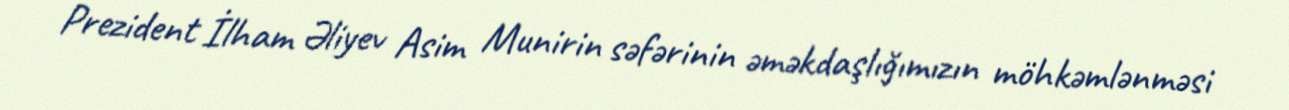
Prezident İlham Əliyev Asim Munirin səfərinin əməkdaşlığımızın möhkəmlənməsi